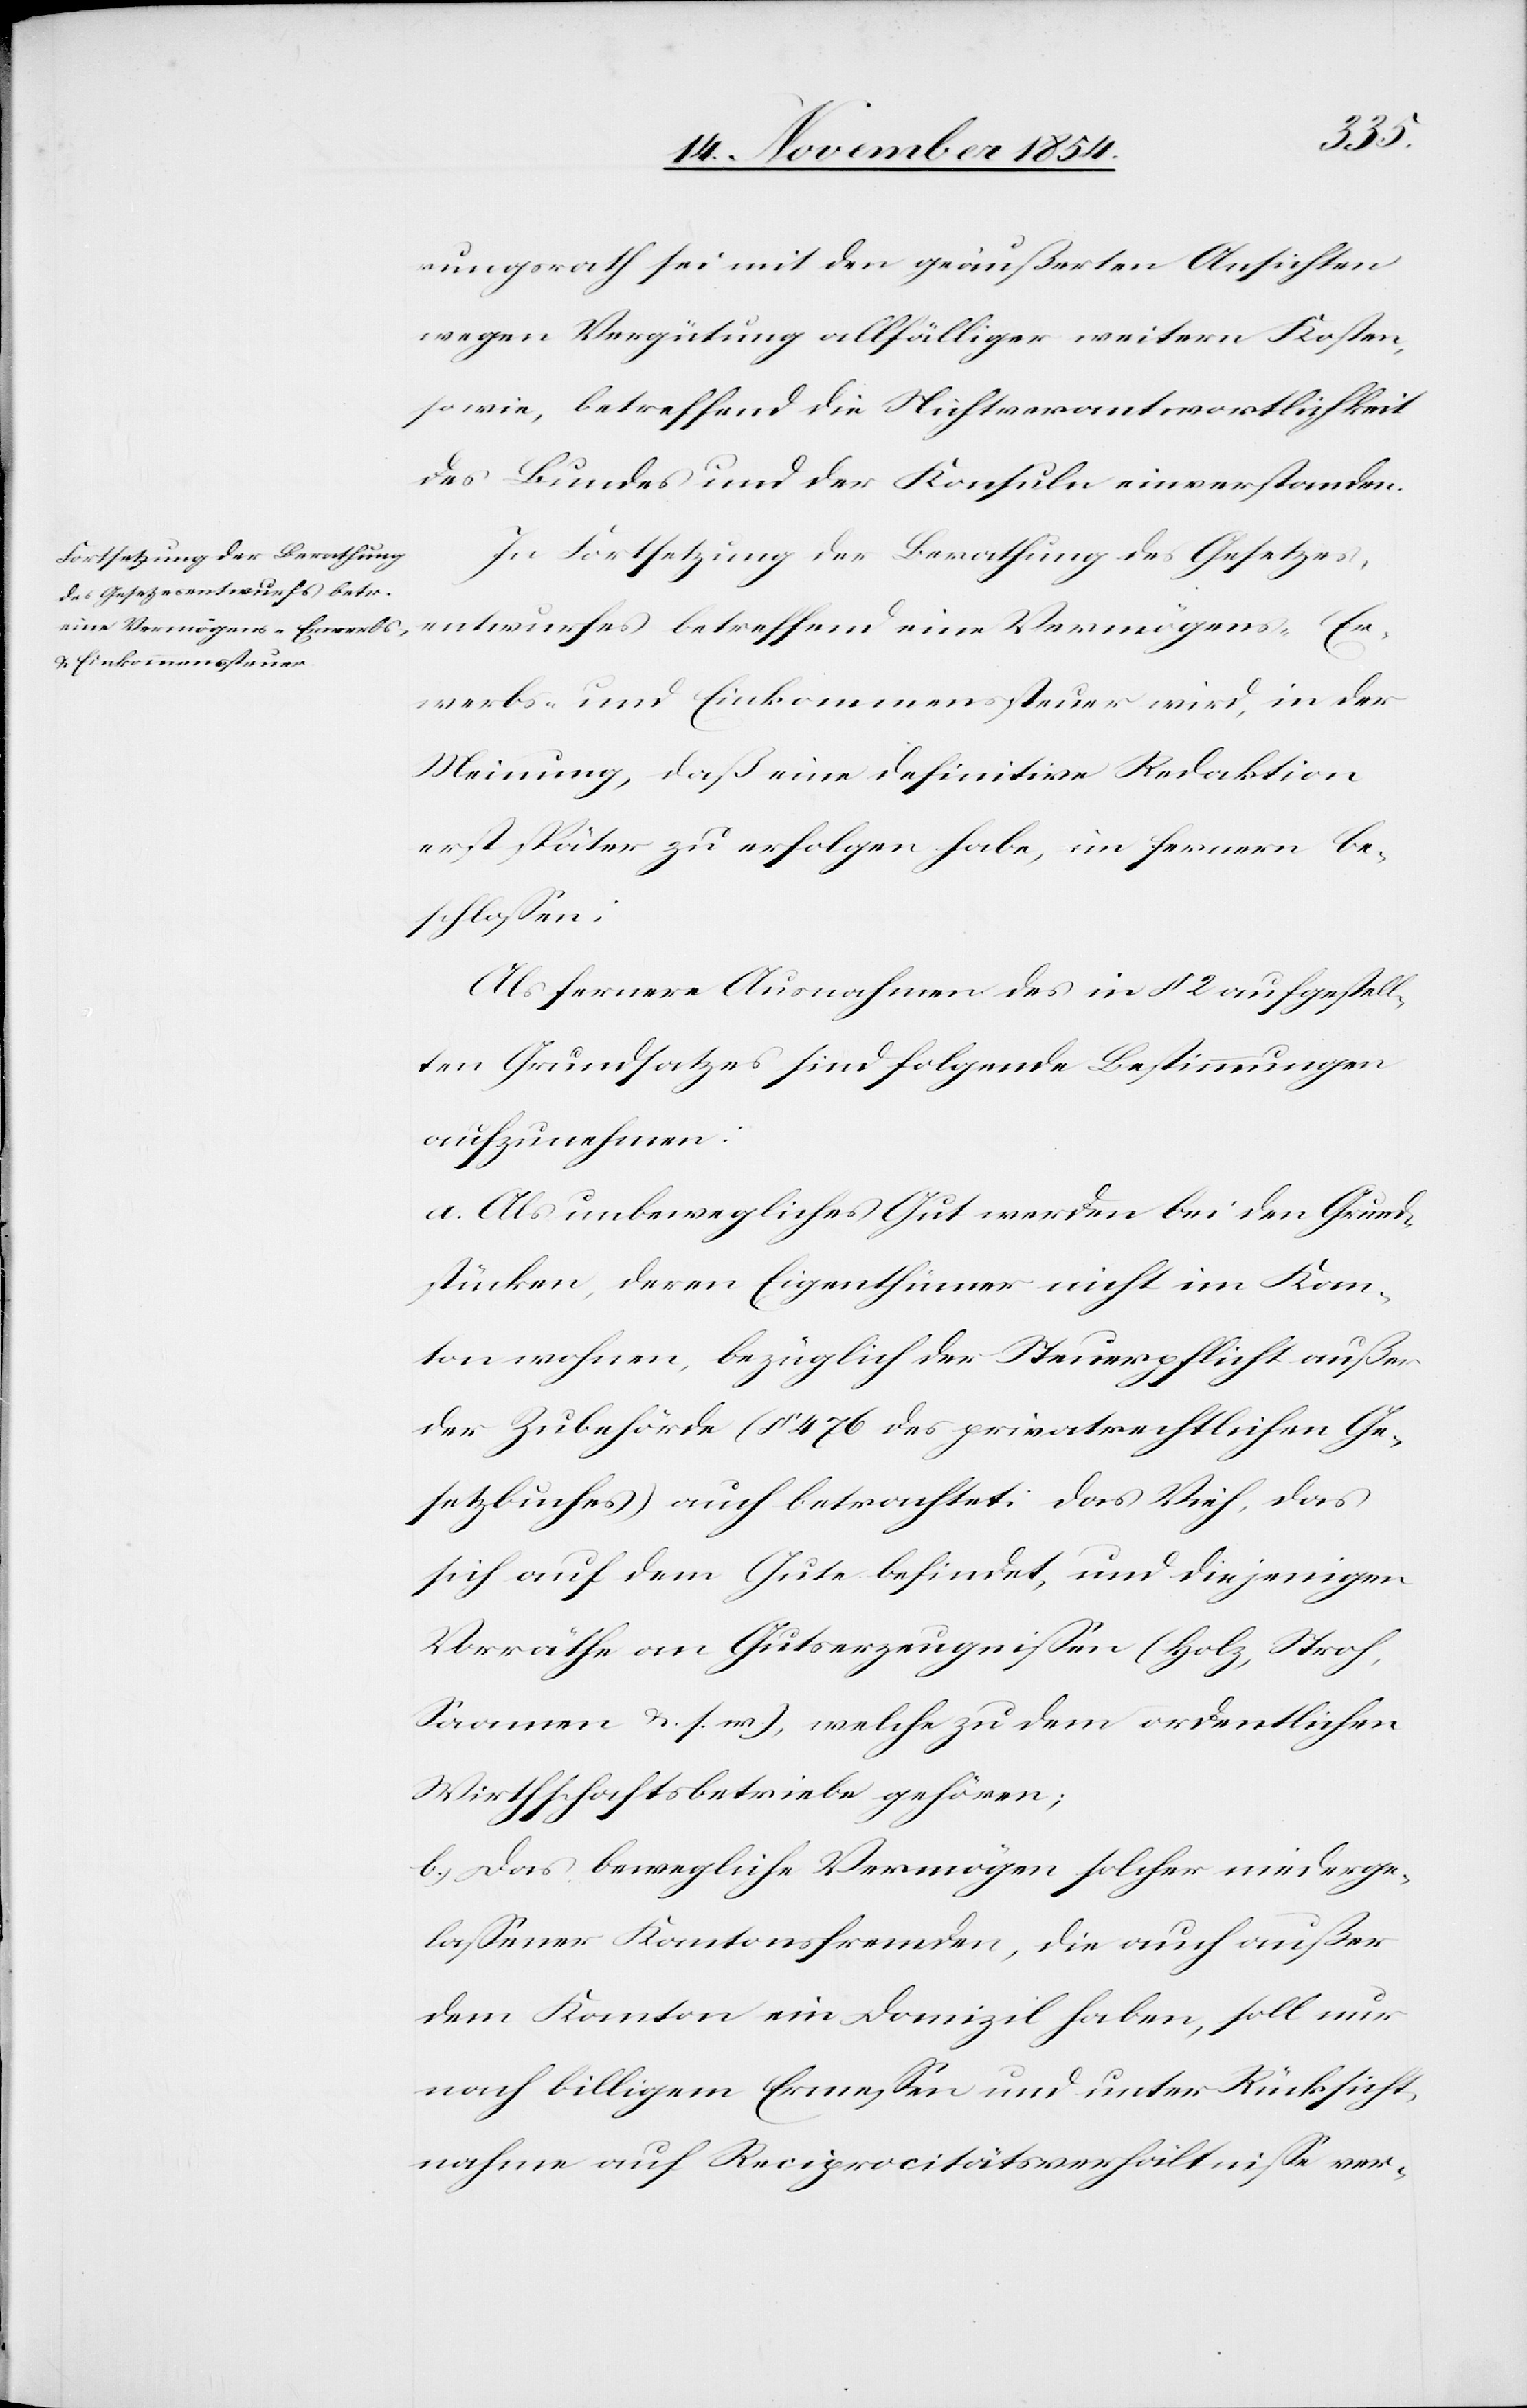
rungsrath sei mit den geäußerten Ansichten
wegen Vergütung allfälliger weitern Kosten,
sowie, betreffend die Nichtverantwortlichkeit
des Bundes und der Konsuln einverstanden.
In Fortsetzung der Berathung des Gesetzes¬
entwurfes betreffend eine Vermögens-[,] Er¬
werbs- und Einkommenssteuer wird, in der
Meinung, daß eine definitive Redaktion
erst später zu erfolgen habe, im fernern be¬
schloßen:
Als fernere Ausnahmen des in § 2 aufgestell¬
ten Grundsatzes sind folgende Bestimmungen
aufzunehmen:
a. Als unbewegliches Gut werden bei den Grund¬
stücken, deren Eigenthümer nicht im Kan¬
ton wohnen, bezüglich der Steuerpflicht außer
der Zubehörde (§ 476 des privatrechtlichen Ge¬
setzbuches) auch betrachtet: das Vieh, das
sich auf dem Gute befindet, und diejenigen
Vorräthe an Gutserzeugnißen (Holz, Stroh,
Saamen u. s. w.), welche zu dem ordentlichen
Wirthschaftsbetriebe gehören;
b.) Das bewegliche Vermögen solcher niederge¬
laßener Kantonsfremden, die auch außer
dem Kanton ein Domizil haben, soll nur
nach billigem Ermeßen und unter Rücksicht¬
nahme auf Reciprocitätsverhältniße ver-